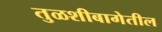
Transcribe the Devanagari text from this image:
तुळशीबागेतील